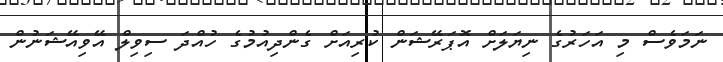
ނަމަވެސް މި އަހަރުގެ ނިޔަލަށް އޮޕަރޭޝަން ކުރިއަށް ގެންދިއުމުގެ ހުއްދަ ސިވިލް އޭވިއޭޝަނުން